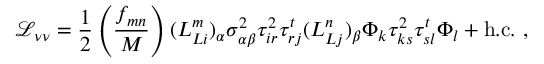
{ \mathcal { L } } _ { \nu \nu } = { \frac { 1 } { 2 } } \left( \frac { f _ { m n } } { M } \right) ( L _ { L i } ^ { m } ) _ { \alpha } \sigma _ { \alpha \beta } ^ { 2 } \tau _ { i r } ^ { 2 } \tau _ { r j } ^ { t } ( L _ { L j } ^ { n } ) _ { \beta } \Phi _ { k } \tau _ { k s } ^ { 2 } \tau _ { s l } ^ { t } \Phi _ { l } + \mathrm { h . c . } ~ ,